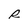
Character: R